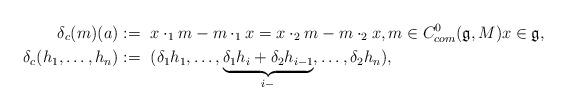
LaTeX: \begin{align*}\delta_c (m) (a) :=~& x \cdot_1 m - m \cdot_1 x = x \cdot_2 m - m \cdot_2 x, m \in C^0_{com} (\mathfrak{g}, M) x \in \mathfrak{g}, \\\delta_c (h_1, \ldots, h_n ) :=~& ( \delta_1 h_1, \ldots, \underbrace{\delta_1 h_i + \delta_2 h_{i-1}}_{i-}, \ldots, \delta_2 h_n),\end{align*}